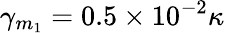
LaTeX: \gamma_{m_{1}}=0.5\times 10^{-2}\kappa